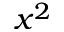
x ^ { 2 }